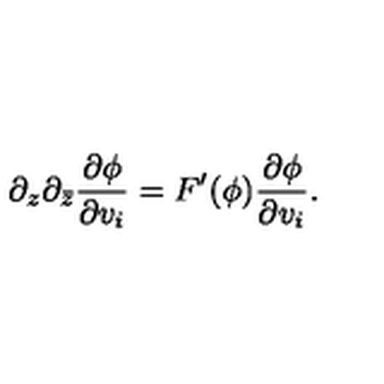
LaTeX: \partial _ { z } \partial _ { \bar { z } } \frac { \partial \phi } { \partial v _ { i } } = F ^ { \prime } ( \phi ) \frac { \partial \phi } { \partial v _ { i } } .